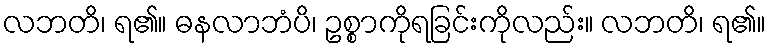
လဘတိ၊ ရ၏။ ဓနလာဘံပိ၊ ဥစ္စာကိုရခြင်းကိုလည်း။ လဘတိ၊ ရ၏။